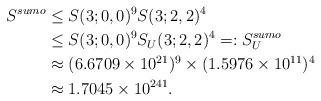
LaTeX: \begin{align*} S^{sumo} &\le S(3;0,0)^9 S(3;2,2)^4 \\ &\le S(3;0,0)^9 S_U(3;2,2)^4 =: S_U^{sumo} \\ &\approx (6.6709 \times 10^{21})^9 \times (1.5976 \times 10^{11})^4 \\ &\approx 1.7045 \times 10^{241}. \end{align*}